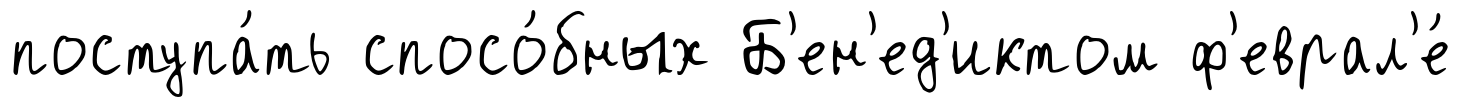
поступа́ть спосо́бных Б'ен'ед'иктом ф'еврал'е́